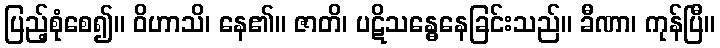
ပြည့်စုံစေ၍။ ဝိဟာသိ၊ နေ၏။ ဇာတိ၊ ပဋိသန္ဓေနေခြင်းသည်။ ခီဏာ၊ ကုန်ပြီ။